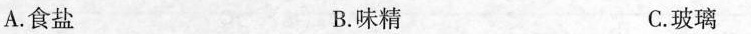
A.食盐 B.味精 C.玻璃